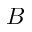
B